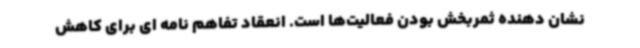
نشان دهنده ثمربخش بودن فعالیت‌ها است. انعقاد تفاهم نامه ای برای کاهش